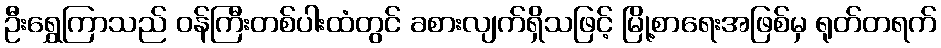
ဦးရွှေကြာသည် ဝန်ကြီးတစ်ပါးထံတွင် ခစားလျက်ရှိသဖြင့် မြို့စာရေးအဖြစ်မှ ရုတ်တရက်